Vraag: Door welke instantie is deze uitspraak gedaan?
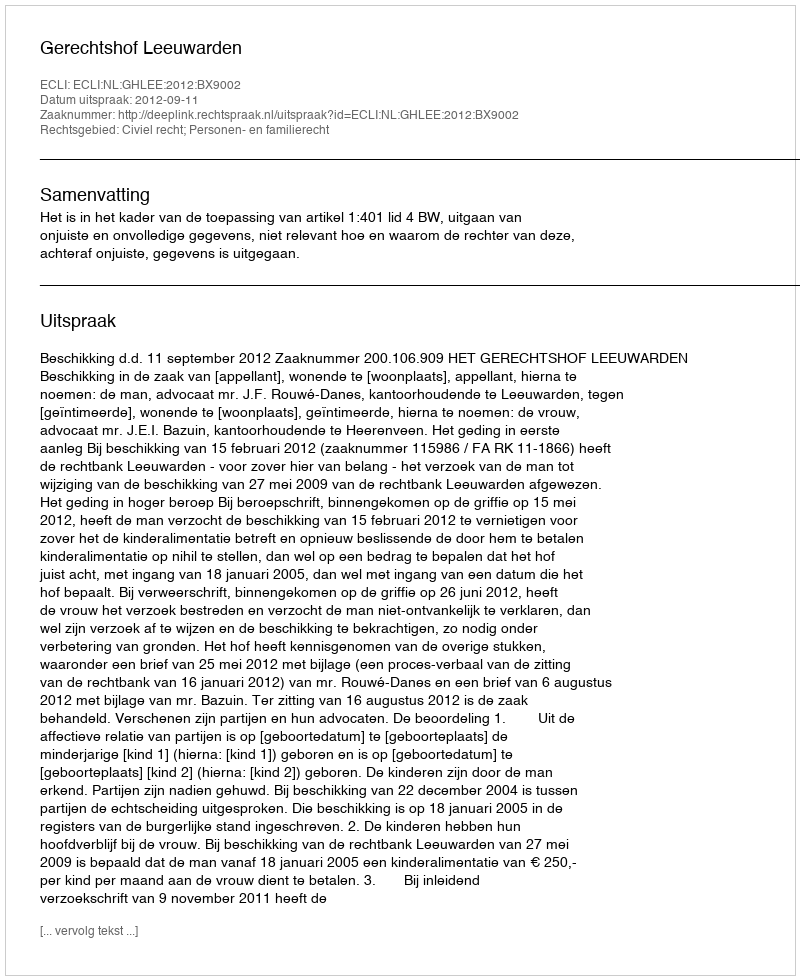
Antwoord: Gerechtshof Leeuwarden